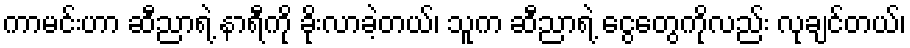
ကာမင်းဟာ ဆီညာရဲ့ နာရီကို ခိုးလာခဲ့တယ်၊ သူက ဆီညာရဲ့ ငွေတွေကိုလည်း လုချင်တယ်၊